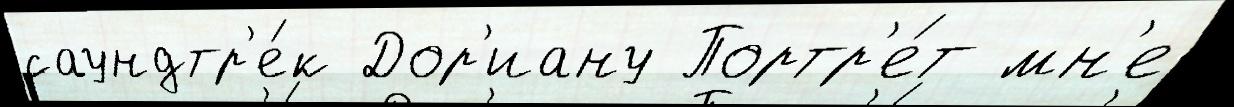
саундтр'е́к Дор'иану Портр'е́т мн'е